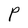
Character: P